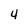
Character: 4